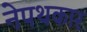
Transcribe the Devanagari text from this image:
नेपथकार